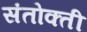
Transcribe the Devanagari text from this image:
संतोक्ती